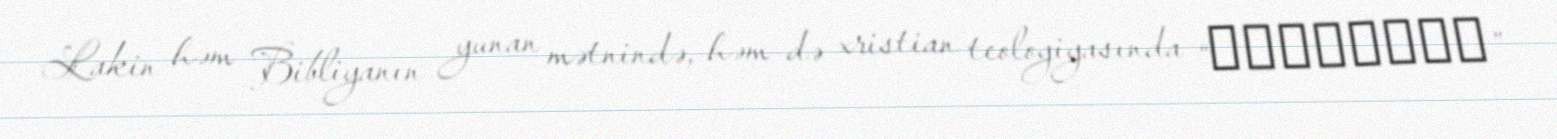
Lakin həm Bibliyanın yunan mətnində, həm də xristian teologiyasında “ἐκκλησία”